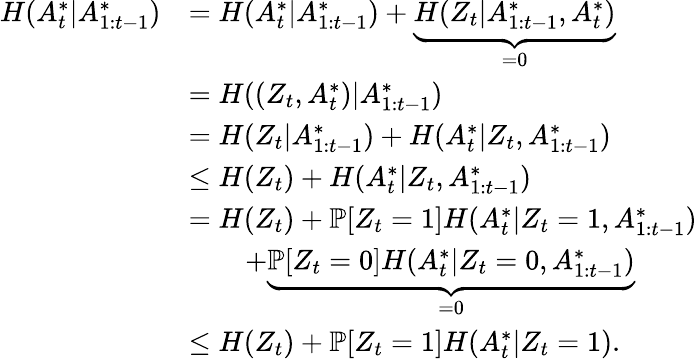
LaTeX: \begin{array}{rl}{H(A_{t}^{*}|A_{1:t-1}^{*})}&{=H(A_{t}^{*}|A_{1:t-1}^{*})+\underbrace{H(Z_{t}|A_{1:t-1}^{*},A_{t}^{*})}_{=0}}\\ &{=H((Z_{t},A_{t}^{*})|A_{1:t-1}^{*})}\\ &{=H(Z_{t}|A_{1:t-1}^{*})+H(A_{t}^{*}|Z_{t},A_{1:t-1}^{*})}\\ &{\leq H(Z_{t})+H(A_{t}^{*}|Z_{t},A_{1:t-1}^{*})}\\ &{=H(Z_{t})+\mathbb{P}[Z_{t}=1]H(A_{t}^{*}|Z_{t}=1,A_{1:t-1}^{*})}\\ &{\qquad+\underbrace{\mathbb{P}[Z_{t}=0]H(A_{t}^{*}|Z_{t}=0,A_{1:t-1}^{*})}_{=0}}\\ &{\leq H(Z_{t})+\mathbb{P}[Z_{t}=1]H(A_{t}^{*}|Z_{t}=1).}\end{array}